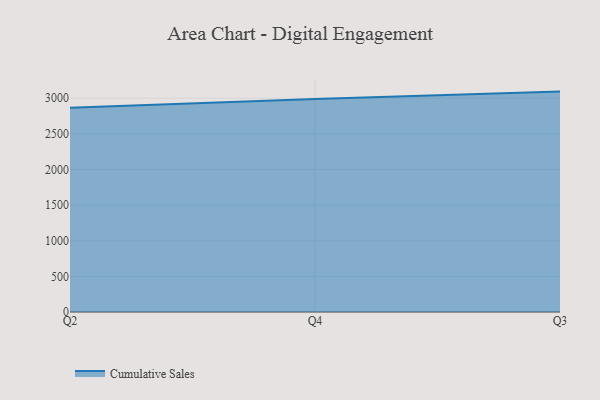
{"axis": {"x": "Quarter", "y": "Gross Profit (USD K)"}, "legend": ["Cumulative Sales"], "data": [{"x": "Q2", "y": 2865.5, "type": "Cumulative Sales"}, {"x": "Q4", "y": 2989.4, "type": "Cumulative Sales"}, {"x": "Q3", "y": 3091.8, "type": "Cumulative Sales"}]}